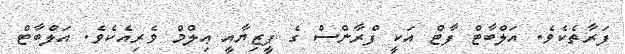
ފަރާތެކެވެ. އަލްބާޓް ފާޓް އަކީ ފްރާންސް ގެ ފީޒިޔާއީ ޢިލްމް ވެރިއެކެވެ. އަލްބާޓް